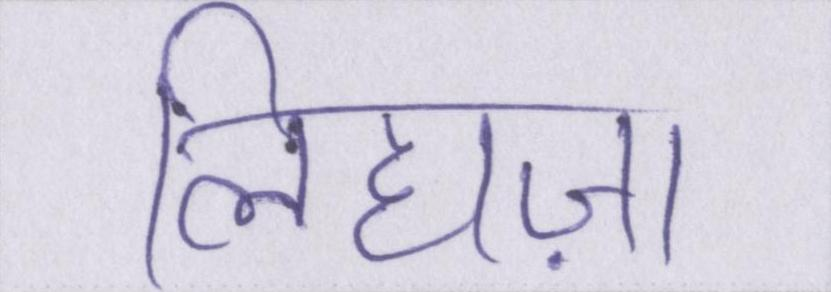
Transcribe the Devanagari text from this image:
लिहाज़ा